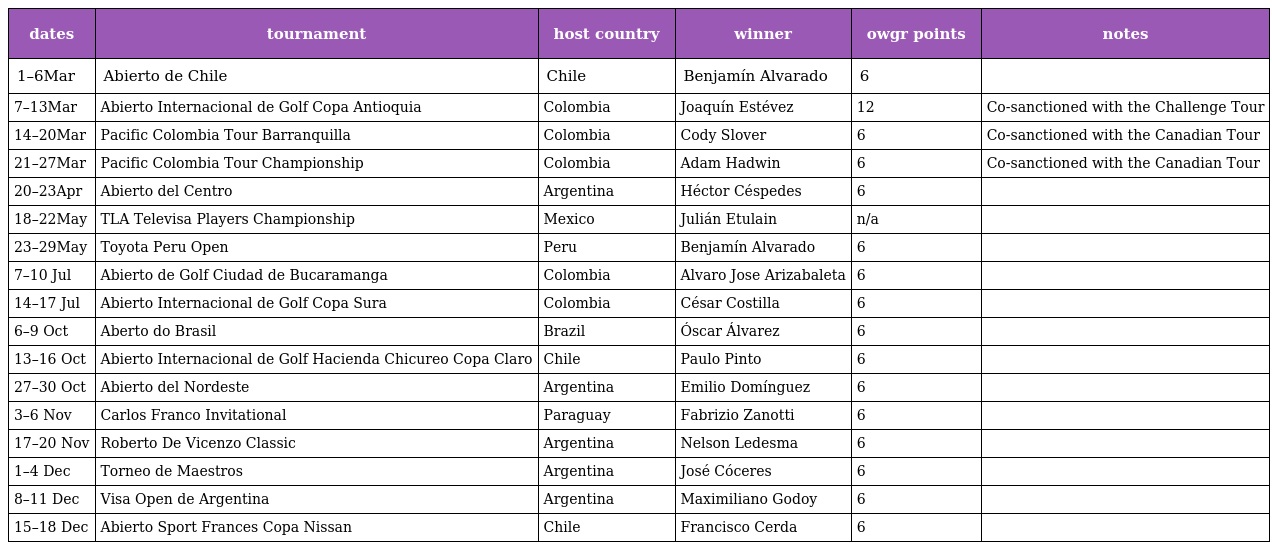
| dates | tournament | host country | winner | owgr points | notes |
 | --- | --- | --- | --- | --- | --- |
 | 1–6Mar | Abierto de Chile | Chile | Benjamín Alvarado | 6 |  |
 | 7–13Mar | Abierto Internacional de Golf Copa Antioquia | Colombia | Joaquín Estévez | 12 | Co-sanctioned with the Challenge Tour |
 | 14–20Mar | Pacific Colombia Tour Barranquilla | Colombia | Cody Slover | 6 | Co-sanctioned with the Canadian Tour |
 | 21–27Mar | Pacific Colombia Tour Championship | Colombia | Adam Hadwin | 6 | Co-sanctioned with the Canadian Tour |
 | 20–23Apr | Abierto del Centro | Argentina | Héctor Céspedes | 6 |  |
 | 18–22May | TLA Televisa Players Championship | Mexico | Julián Etulain | n/a |  |
 | 23–29May | Toyota Peru Open | Peru | Benjamín Alvarado | 6 |  |
 | 7–10 Jul | Abierto de Golf Ciudad de Bucaramanga | Colombia | Alvaro Jose Arizabaleta | 6 |  |
 | 14–17 Jul | Abierto Internacional de Golf Copa Sura | Colombia | César Costilla | 6 |  |
 | 6–9 Oct | Aberto do Brasil | Brazil | Óscar Álvarez | 6 |  |
 | 13–16 Oct | Abierto Internacional de Golf Hacienda Chicureo Copa Claro | Chile | Paulo Pinto | 6 |  |
 | 27–30 Oct | Abierto del Nordeste | Argentina | Emilio Domínguez | 6 |  |
 | 3–6 Nov | Carlos Franco Invitational | Paraguay | Fabrizio Zanotti | 6 |  |
 | 17–20 Nov | Roberto De Vicenzo Classic | Argentina | Nelson Ledesma | 6 |  |
 | 1–4 Dec | Torneo de Maestros | Argentina | José Cóceres | 6 |  |
 | 8–11 Dec | Visa Open de Argentina | Argentina | Maximiliano Godoy | 6 |  |
 | 15–18 Dec | Abierto Sport Frances Copa Nissan | Chile | Francisco Cerda | 6 |  |